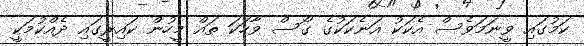
ކަމުގައި ވީނަމަވެސް އެކަކު އަނެކަކުގެ ގޯސް ވާހަކަ ތައް މީހުން ކައިރީގައި ދެއްކުމަކީ